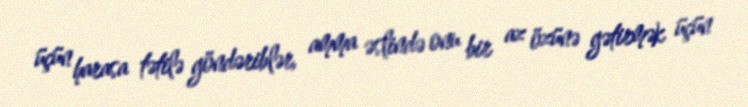
üçün harasa tətilə göndəriblər, amma əslində onu bir az özünə gətirmək üçün